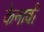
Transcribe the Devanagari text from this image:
केनावी